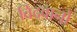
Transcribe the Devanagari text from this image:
विदवानो